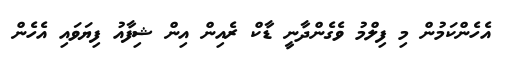
އެހެންކަމުން މި ފިލްމު ވެގެންދާނީ ޑާކް ރެއިން އިން ޝިފާއު ފިޔަވައި އެހެން